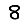
Digit: 8